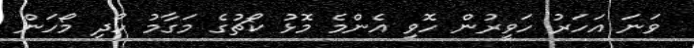
ވަނަ އަހަރު ހަވީރުން ހޮވި އެންމެ މޮޅު ކޯޗުގެ މަގާމު ހޯދި މޯހަން